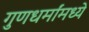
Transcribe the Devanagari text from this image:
गुणधर्मांमध्ये